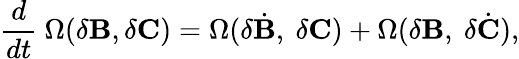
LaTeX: {\frac{d}{dt}}~\Omega(\delta{\mathbf B},\delta{\mathbf C})=\Omega(\delta{\dot{{\mathbf B}}},~\delta{\mathbf C})+\Omega(\delta{\mathbf B},~\delta{\dot{{\mathbf C}}}),